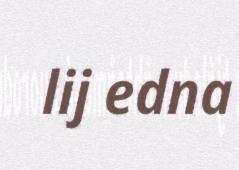
lij edna